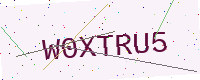
Text: W0XTRU5